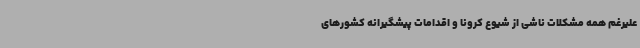
علیرغم همه مشکلات ناشی از شیوع کرونا و اقدامات پیشگیرانه کشورهای